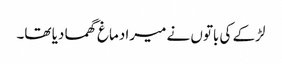
لڑکے کی باتوں نے میرا دماغ گھما دیا تھا۔